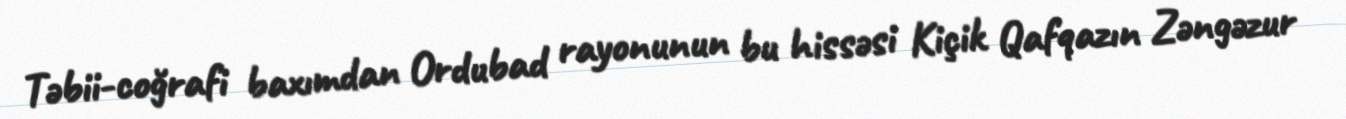
Təbii-coğrafi baxımdan Ordubad rayonunun bu hissəsi Kiçik Qafqazın Zəngəzur